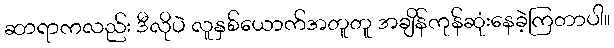
ဆာရာကလည်း ဒီလိုပဲ လူနှစ်ယောက်အတူတူ အချိန်ကုန်ဆုံးနေခဲ့ကြတာပါ။